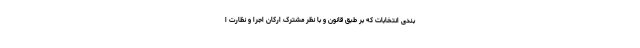
بندی انتخابات که بر طبق قانون و با نظر مشترک ارکان اجرا و نظارت ا